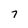
Character: 7